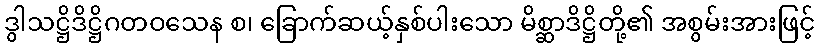
ဒွါသဋ္ဌိဒိဋ္ဌိဂတဝသေန စ၊ ခြောက်ဆယ့်နှစ်ပါးသော မိစ္ဆာဒိဋ္ဌိတို့၏ အစွမ်းအားဖြင့်